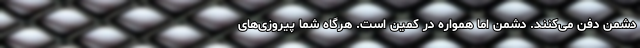
دشمن دفن می‌کنند. دشمن اما همواره در کمین است. هرگاه شما پیروزی‌های